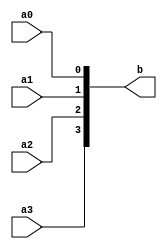
module dut(a0, a1, a2, a3, b);
	input a0, a1, a2, a3;
	output [3:0] b;
	reg [3:0] b;
	assign b = {a3, a2, a1, a0};
endmodule